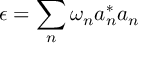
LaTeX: \epsilon = \sum _ { n } \omega _ { n } a _ { n } ^ { * } a _ { n }